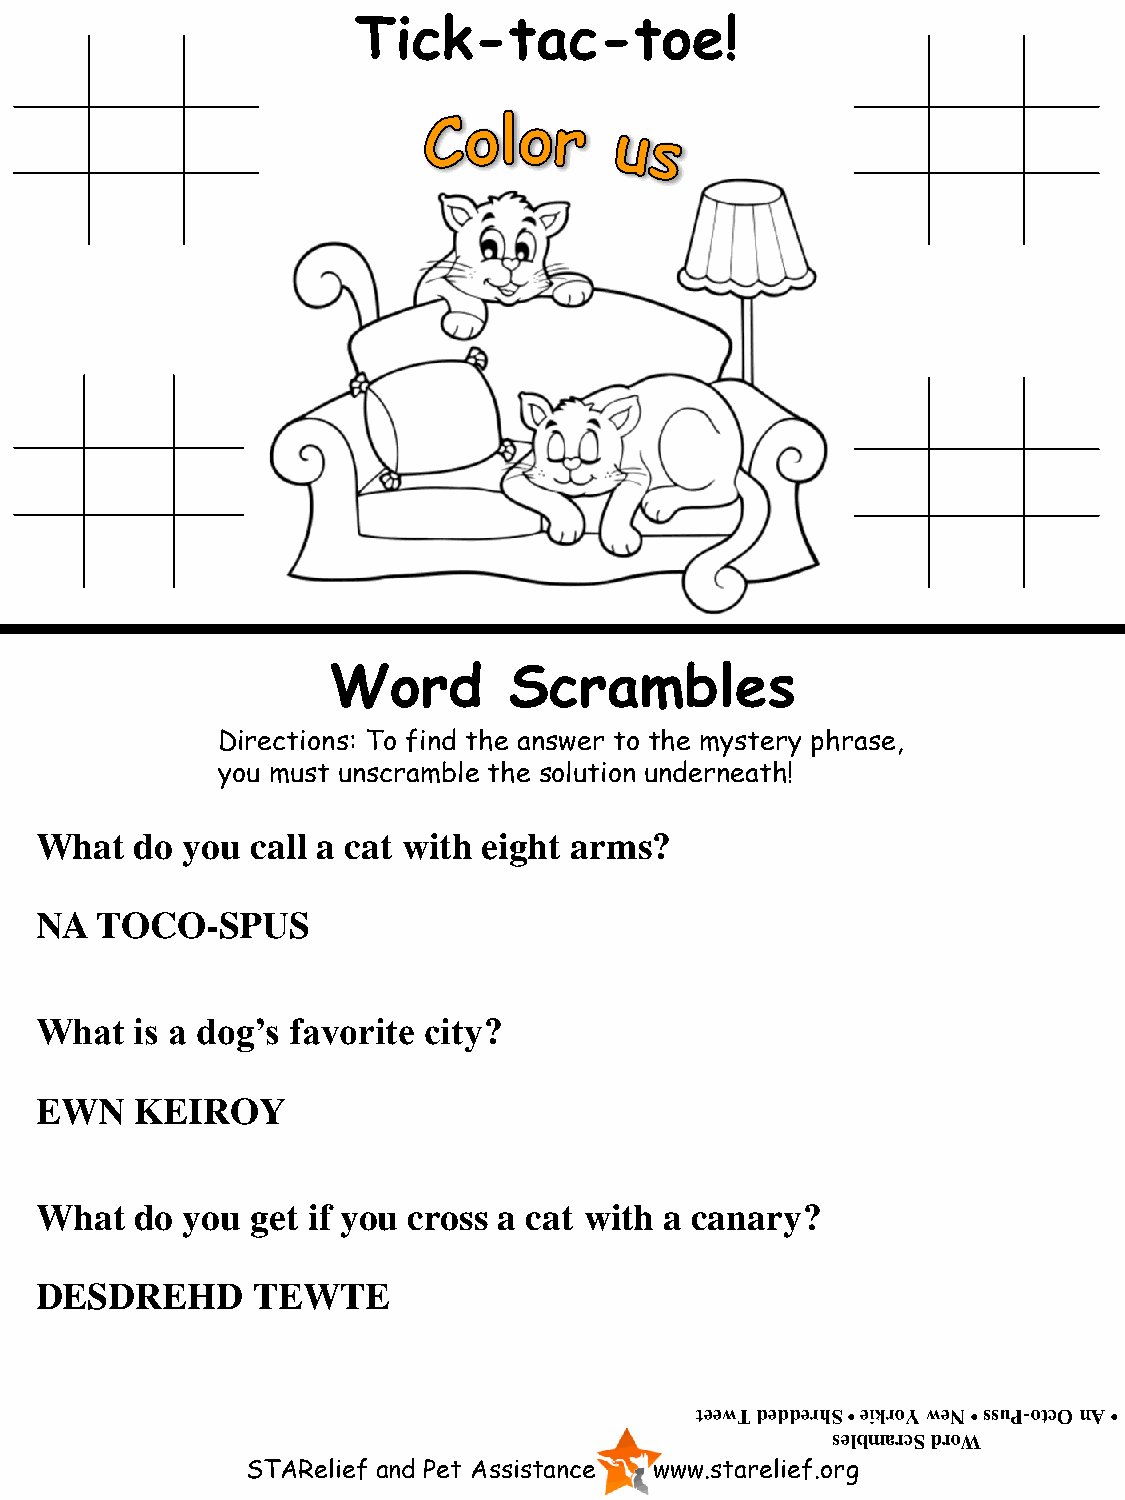
Tick-tac-toe!
 Word        Scrambles
 Directions: To find the answer to the mystery phrase,
 you must unscramble the solution underneath!
 What   do you  call a cat with eight arms?
 NA  TOCO-SPUS
 What   is a dog’s favorite city?
 EWN    KEIROY
 What   do you  get if you cross a cat with a canary?
 DESDREHD       TEWTE
 teewT dedderhS • eikroY weN • ssuP-otcO nA •
 selbmarcS droW
 STARelief and Pet Assistance www.starelief.org